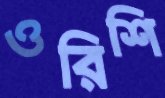
ওরিশি